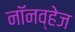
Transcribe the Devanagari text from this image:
नॉनव्हेज